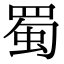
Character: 蜀